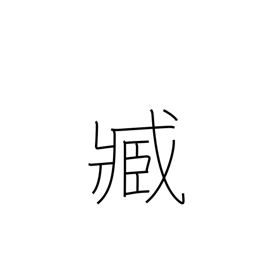
Meaning: servant